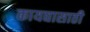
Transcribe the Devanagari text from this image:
कायद्यासाठी